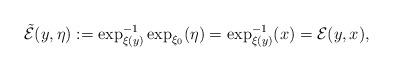
LaTeX: \begin{align*}\tilde{\mathcal{E}}(y,\eta):=\exp_{\xi(y)}^{-1}\exp_{\xi_{0}}(\eta)=\exp_{\xi(y)}^{-1}(x)=\mathcal{E}(y,x),\end{align*}